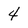
Character: 4